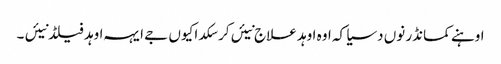
اوہنے کمانڈر نوں دسیا کہ اوہ اوہد علاج نیئں کر سکدا کیوں جے ایہہ اوہد فیلڈ نیئں ۔